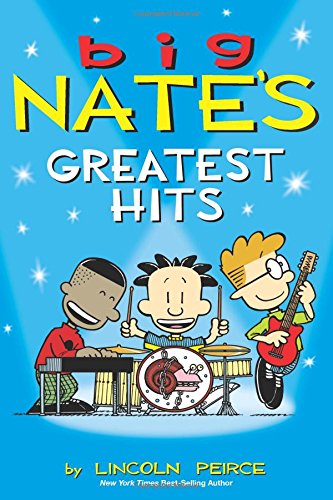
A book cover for Big Nate's Greatest Hits; Lincoln Peirce; Children's Books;